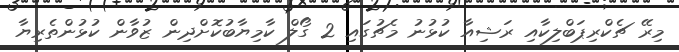
މިރޭ ޗެކްރިޕަބްލިކާއި ރަޝިއާ ކުޅުނު މެޗުގައި 2 ގޯލް ކާމިޔާބުކޮށްދިން ޒުވާން ކުޅުންތެރިޔާ